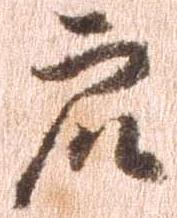
衆